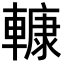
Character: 𨎍